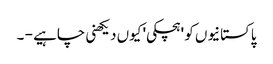
پاکستانیوں کو 'ہچکی' کیوں دیکھنی چاہیے - ۔